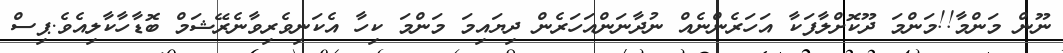
ނޫން މަންމާ!!މަންމަ ދޫކޮށްލާފަކާ އަހަރެންނެއް ނުދާނަންއަހަރެން ދިޔައިމަ މަންމަ ކިހާ އެކަނިވެރިވާނެރޭޝަމް ބޮޑާހާކާލިއެވެ.ޕިސް